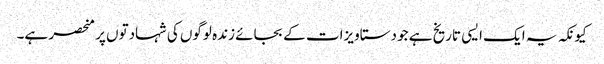
کیونکہ یہ ایک ایسی تاریخ ہے جو دستاویزات کے بجائے زندہ لوگوں کی شہادتوں پر منحصر ہے۔